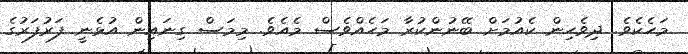
މަހެކެވެ. ދިވެހިން ކެއުމަށް ބޭނުންކުރާ މަހެއްވެސް މެއެވެ. މިމަސް ގިނައިން އުޅެނީ ފަރުފަރުގެ